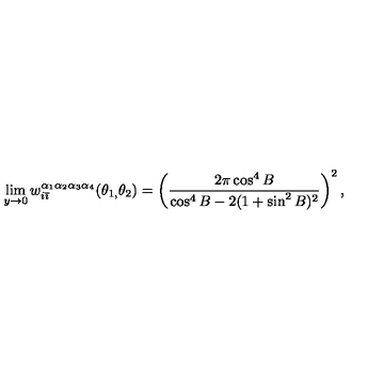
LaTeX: \lim _ { y \rightarrow 0 } w _ { i \bar { \imath } } ^ { \alpha _ { 1 } \alpha _ { 2 } \alpha _ { 3 } \alpha _ { 4 } } ( \theta _ { 1 , } \theta _ { 2 } ) = \left( \frac { 2 \pi \cos ^ { 4 } B } { \cos ^ { 4 } B - 2 ( 1 + \sin ^ { 2 } B ) ^ { 2 } } \right) ^ { 2 } ,